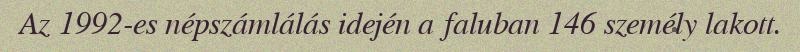
Az 1992-es népszámlálás idején a faluban 146 személy lakott.